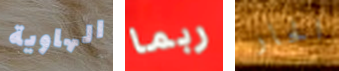
الهاوية ربما الحار